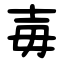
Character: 毐